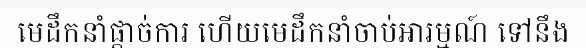
មេដឹកនាំផ្តាច់ការ ហើយមេដឹកនាំចាប់អារម្មណ៍ ទៅនឹង